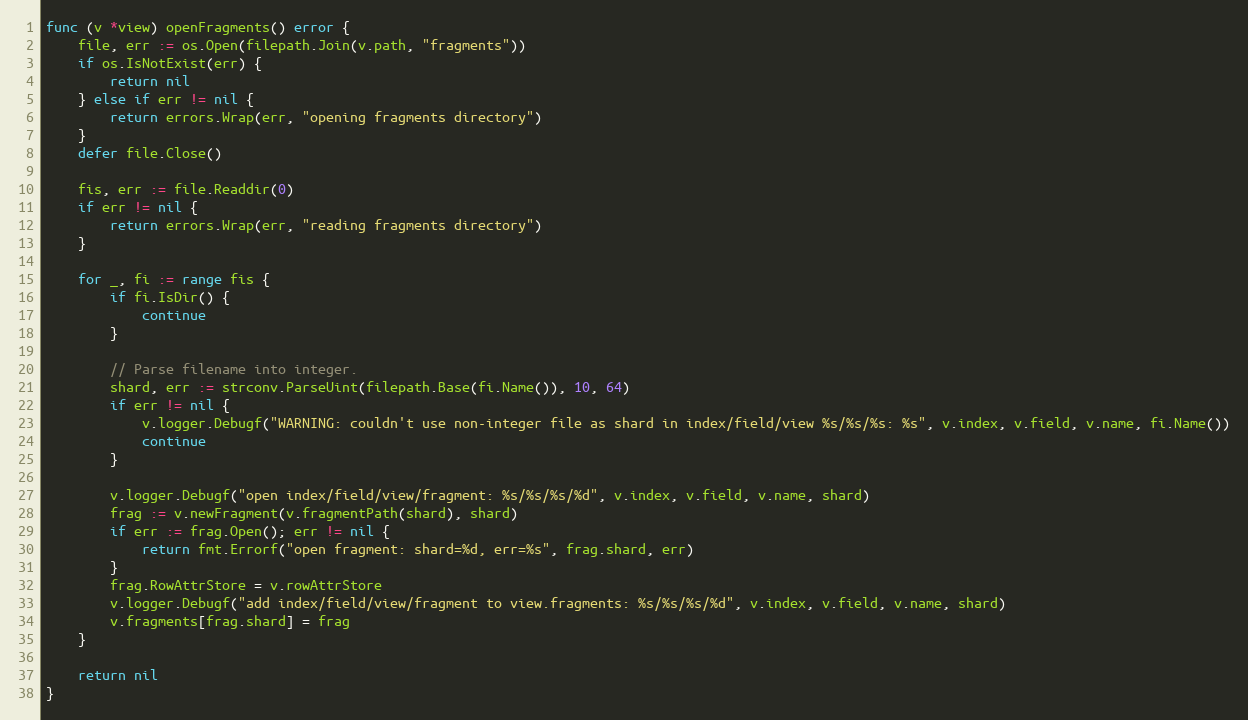
Language: Go
func (v *view) openFragments() error {
	file, err := os.Open(filepath.Join(v.path, "fragments"))
	if os.IsNotExist(err) {
		return nil
	} else if err != nil {
		return errors.Wrap(err, "opening fragments directory")
	}
	defer file.Close()

	fis, err := file.Readdir(0)
	if err != nil {
		return errors.Wrap(err, "reading fragments directory")
	}

	for _, fi := range fis {
		if fi.IsDir() {
			continue
		}

		// Parse filename into integer.
		shard, err := strconv.ParseUint(filepath.Base(fi.Name()), 10, 64)
		if err != nil {
			v.logger.Debugf("WARNING: couldn't use non-integer file as shard in index/field/view %s/%s/%s: %s", v.index, v.field, v.name, fi.Name())
			continue
		}

		v.logger.Debugf("open index/field/view/fragment: %s/%s/%s/%d", v.index, v.field, v.name, shard)
		frag := v.newFragment(v.fragmentPath(shard), shard)
		if err := frag.Open(); err != nil {
			return fmt.Errorf("open fragment: shard=%d, err=%s", frag.shard, err)
		}
		frag.RowAttrStore = v.rowAttrStore
		v.logger.Debugf("add index/field/view/fragment to view.fragments: %s/%s/%s/%d", v.index, v.field, v.name, shard)
		v.fragments[frag.shard] = frag
	}

	return nil
}